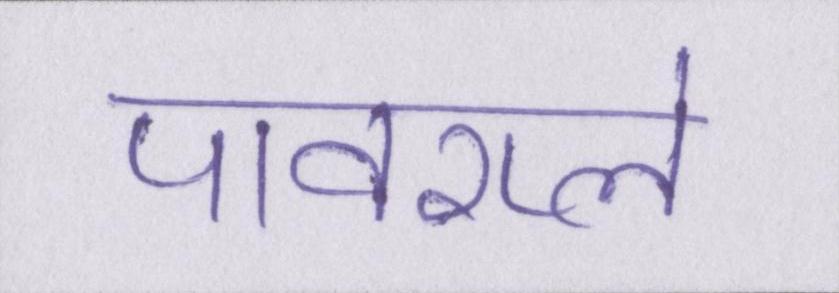
पावरप्ले